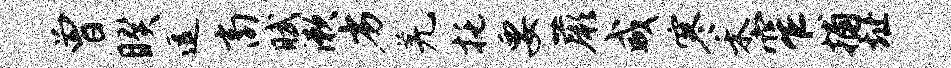
曾睽逗商赋漱劣羌托要蕨咸寒禾窄捕址